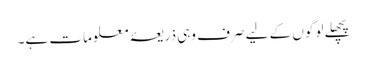
پچھلے لوگوں کے لیے صرف وہی ذریعۂ معلومات ہے۔